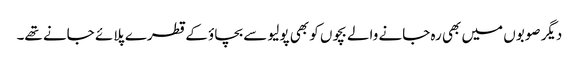
دیگر صوبوں میں بھی رہ جانے والے بچوں کو بھی پولیو سے بچاؤ کے قطرے پلائے جانے تھے۔